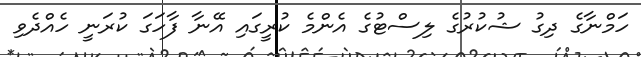
ހަމްނާގެ ދިގު ޝުކުރުގެ ލިސްޓުގެ އެންމެ ކުރީގައި އޭނާ ފާހަގަ ކުރަނީ ހެއްދެވި